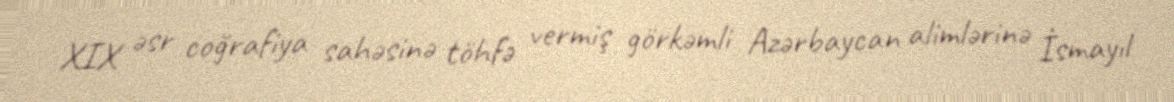
XIX əsr coğrafiya sahəsinə töhfə vermiş görkəmli Azərbaycan alimlərinə İsmayıl